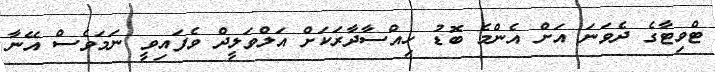
ޓްވިޓާގެ ދެވަނަ އަށް އެންމެ ބޮޑު ހިއްސާދާރަކަށް އަލްވަލީދް ވެފައިވީ ނަމަވެސް އޭނާ